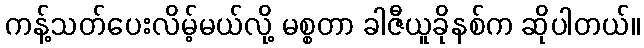
ကန့်သတ်ပေးလိမ့်မယ်လို့ မစ္စတာ ခါဇီယူခိုနစ်က ဆိုပါတယ်။